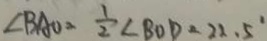
\angle B A O = \frac { 1 } { 2 } \angle B O D = 2 2 . 5 ^ { 2 }